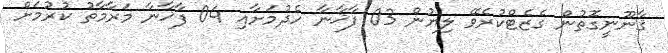
ޤާނޫނީގޮތުން ގެޒެޓްކުރެވޭ ލިޔުން 03 ފާޚާނާ ހެދުމަށާއި 04 ފާޚާނާ މަރާމާތު ކުރުމަށް